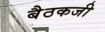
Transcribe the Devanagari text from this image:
बैठकजी